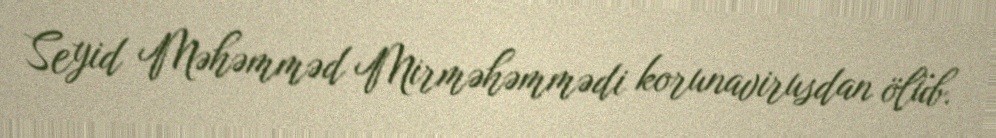
Seyid Məhəmməd Mirməhəmmədi korunavirusdan ölüb.